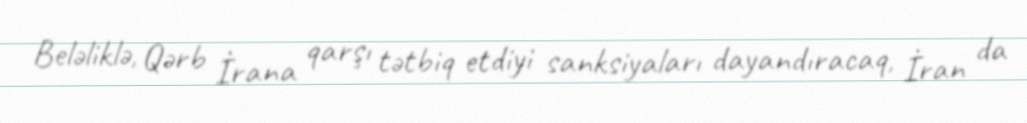
Beləliklə, Qərb İrana qarşı tətbiq etdiyi sanksiyaları dayandıracaq, İran da